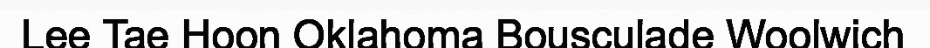
Lee Tae Hoon Oklahoma Bousculade Woolwich